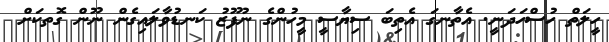
ހީލަތް ހުސްހަދަނީ. އެތާނގަ އެތިބަ ސިޔާސީ މީހުންގެ ނުފޫޒު ކަނޑުވާލައިގެން ނޫން ގޮތކަށް